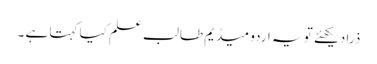
ذرا دیکھئے تو یہ اردو میڈیم طالب علم کیا کہتا ہے ۔